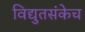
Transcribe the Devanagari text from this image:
विद्युतसंकेच